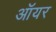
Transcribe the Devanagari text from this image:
ऑयर